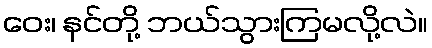
ဝေး၊ နင်တို့ ဘယ်သွားကြမလို့လဲ။